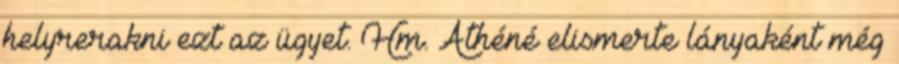
helyrerakni ezt az ügyet. Hm. Athéné elismerte lányaként még